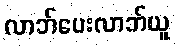
လာဘ်ပေးလာဘ်ယူ